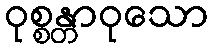
ဝုစ္စန္တာဝုသော